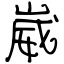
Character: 崴